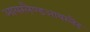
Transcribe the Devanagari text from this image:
आयरलैण्डआयरलैंड